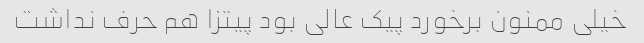
خیلی ممنون برخورد پیک عالی بود پیتزا هم حرف نداشت